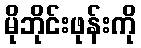
မိုဘိုင်းဖုန်းကို